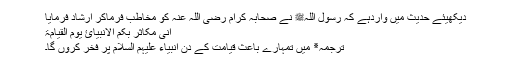
دیکھیئے حدیث میں واردہے کہ رسول اللہﷺ نے صحابہ کرام رضی اللہ عنہ کو مخاطب فرماکر ارشاد فرمایا
اِنِّیْ مُکَاثِرٌ بِکُمْ الْاَنْبِیَائَ یَوْمَ الْقِیَامَۃِ
ترجمہ٭ میں تمہارے باعث قیامت کے دن انبیاء علیہم السلام پر فخر کروں گا۔